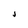
Character: J